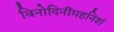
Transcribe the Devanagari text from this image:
विनोदिनींमहनिशं